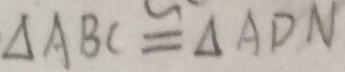
\Delta A B C \cong \Delta A D N